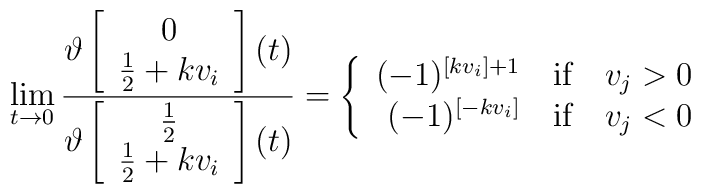
\lim_{t \rightarrow 0} \frac{\vartheta \left[\begin{array}{c} 0 \\ \frac{1}{2}+kv_i \end{array}\right](t)}{\vartheta       \left[  \begin{array}{c}  \frac{1}{2}   \\\frac{1}{2}+kv_i\end{array} \right](t)}= \left \{ \begin{array}{r@{\quad \textrm{if} \quad}l} (-1)^{[kv_i] + 1} & v_j >0 \\ (-1)^{[-kv_i]} & v_j <0\end{array} \right.